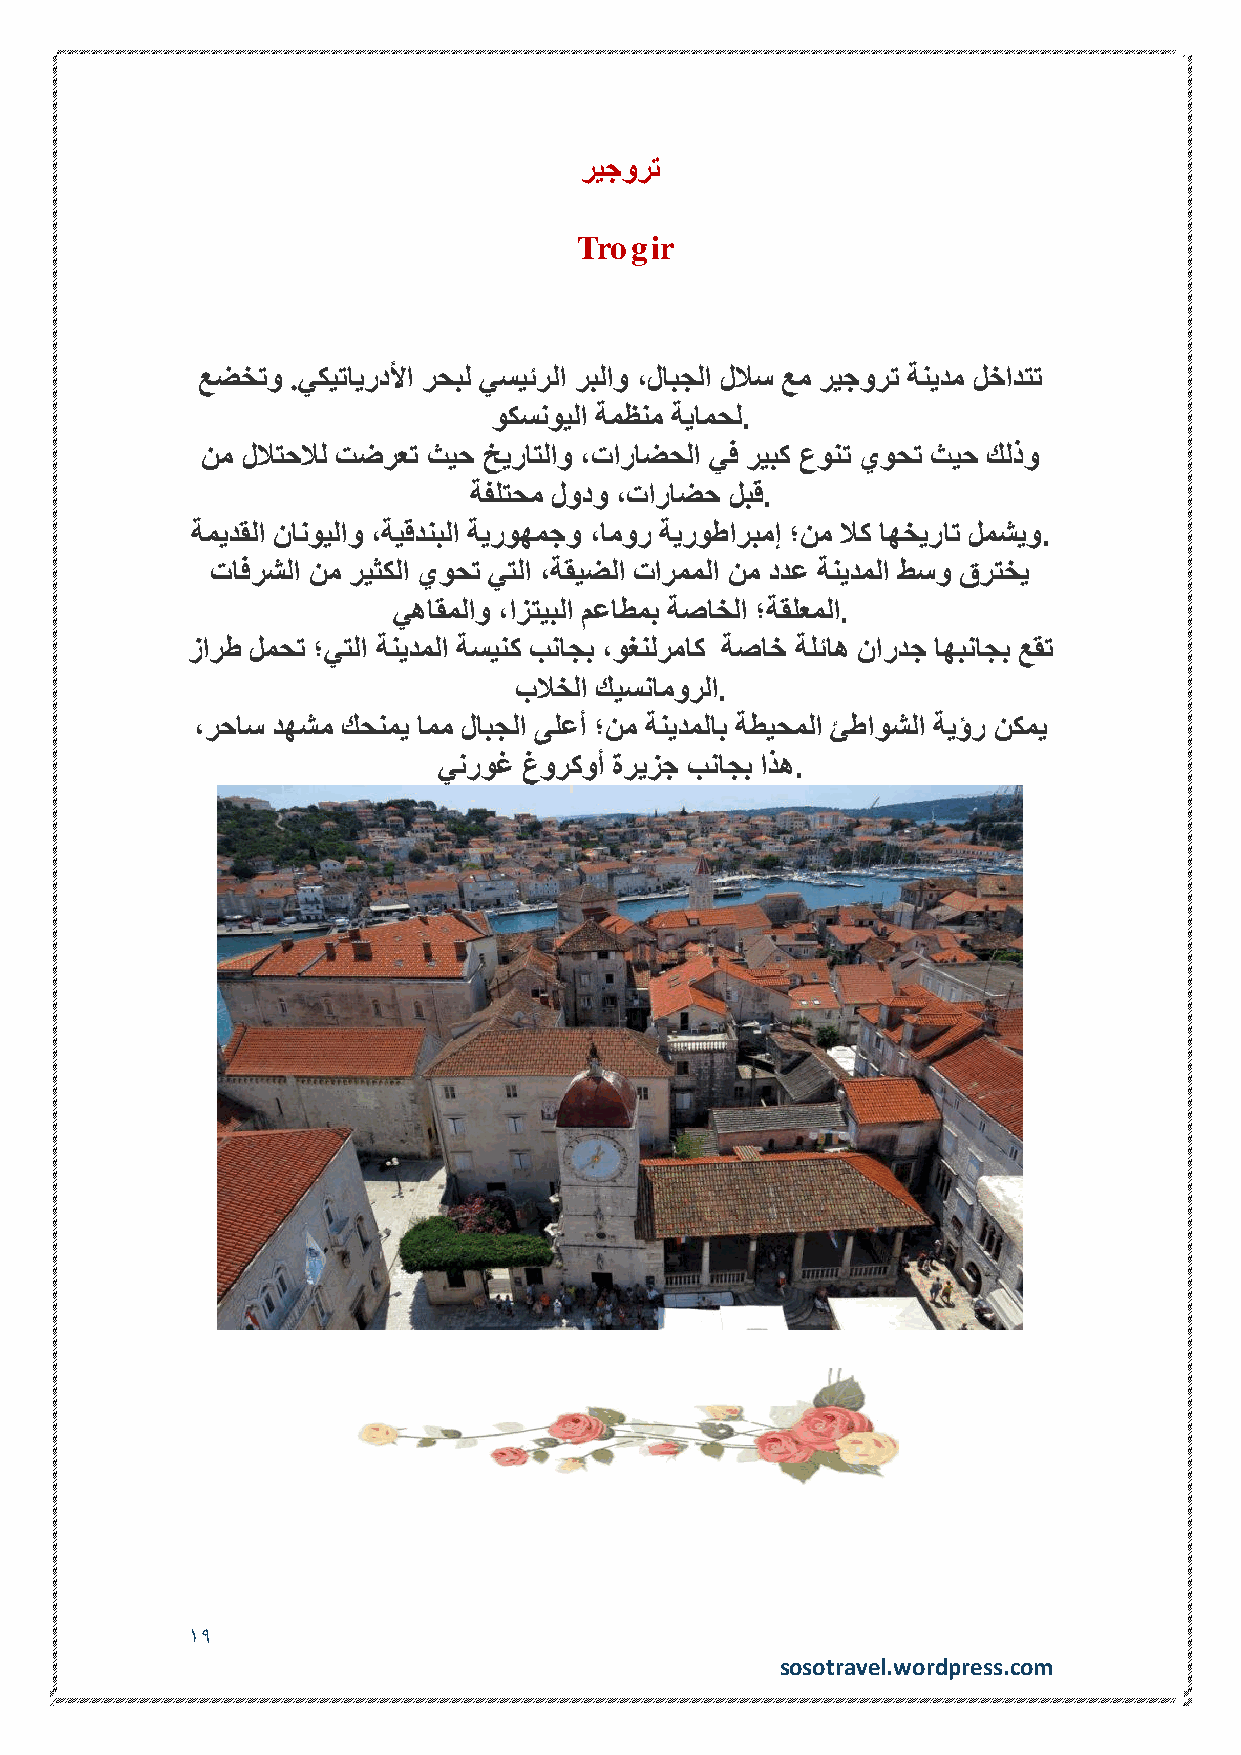
ريجورت
 Trogir
 عضختو .يكيتايردلأا رحبل يسيئرلا ربلاو ،لابجلا للاس عم ريجورت ةنيدم لخادتت
 وكسنويلا ةمظنم ةيامحل.
 نم للاتحلال تضرعت ثيح خيراتلاو ،تاراضحلا يف ريبك عونت يوحت ثيح كلذو
 ةفلتحم لودو ،تاراضح لبق.
 ةميدقلا نانويلاو ،ةيقدنبلا ةيروهمجو ،امور ةيروطاربمإ ؛نم لاك اهخيرات لمشيو.
 تافرشلا نم ريثكلا يوحت يتلا ،ةقيضلا تارمملا نم ددع ةنيدملا طسو قرتخي
 يهاقملاو ،ازتيبلا معاطمب ةصاخلا ؛ةقلعملا.
 زارط لمحت ؛يتلا ةنيدملا ةسينك بناجب ،وغنلرماك ةصاخ ةلئاه ناردج اهبناجب عقت
 بلاخلا كيسنامورلا.
 ،رحاس دهشم كحنمي امم لابجلا ىلعأ ؛نم ةنيدملاب ةطيحملا ئطاوشلا ةيؤر نكمي
 ينروغ غوركوأ ةريزج بناجب اذه.
 19
 sosotravel.wordpress.com